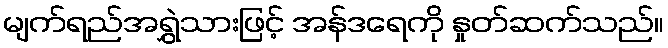
မျက်ရည်အရွှဲသားဖြင့် အန်ဒရေကို နှုတ်ဆက်သည်။